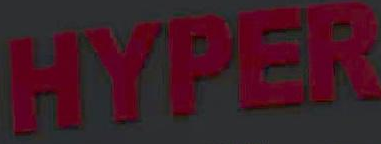
HYPER